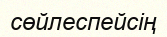
сөйлеспейсің